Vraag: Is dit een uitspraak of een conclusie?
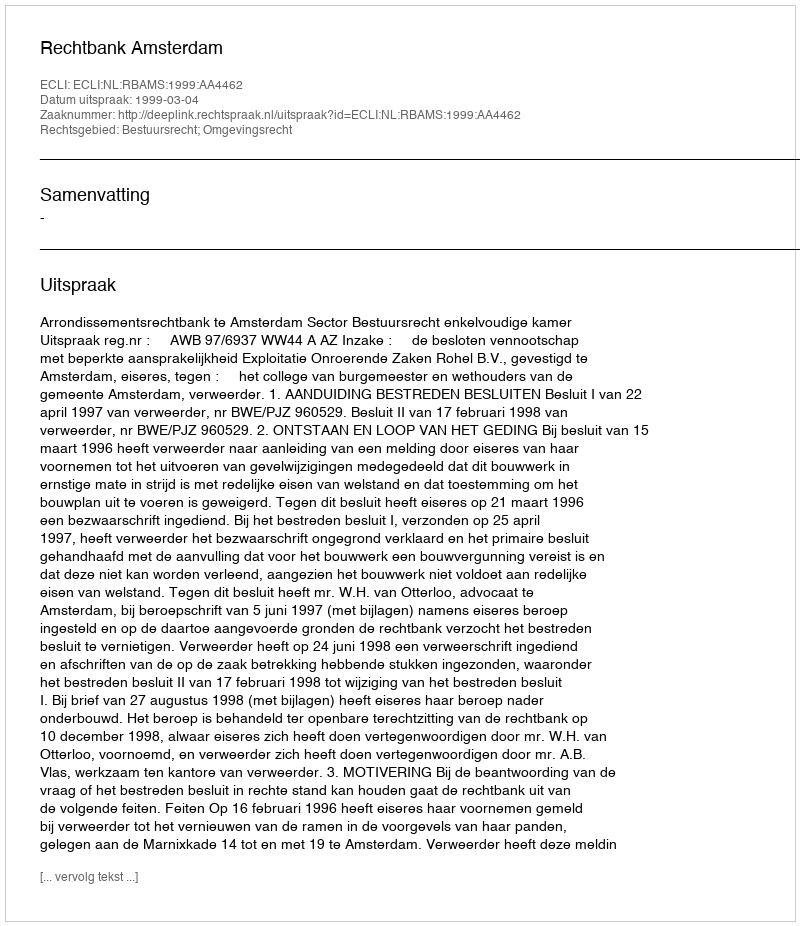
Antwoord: Uitspraak